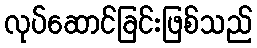
လုပ်ဆောင်ခြင်းဖြစ်သည်